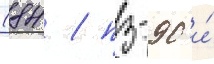
(84 / пз-90 и́